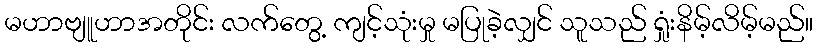
မဟာဗျူဟာအတိုင်း လက်တွေ့ ကျင့်သုံးမှု မပြုခဲ့လျှင် သူသည် ရှုံးနိမ့်လိမ့်မည်။